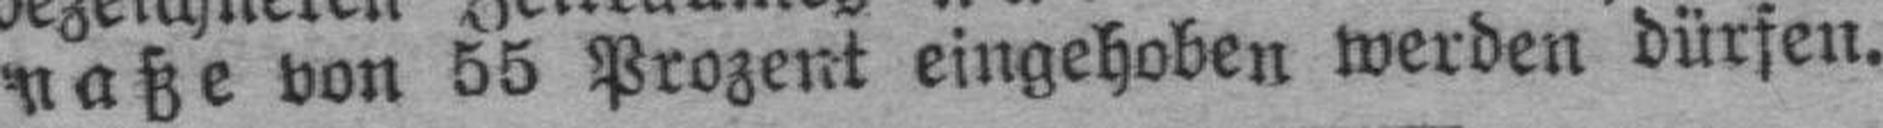
maße von 55 Prozent eingehoben werden dürfen.